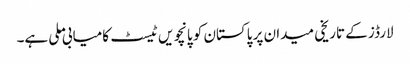
لارڈز کے تاریخی میدان پر پاکستان کو پانچویں ٹیسٹ کامیابی ملی ہے۔